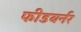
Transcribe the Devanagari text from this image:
फीडबर्नर